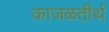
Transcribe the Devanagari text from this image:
काजळतीर्थ